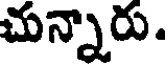
చున్నారు.